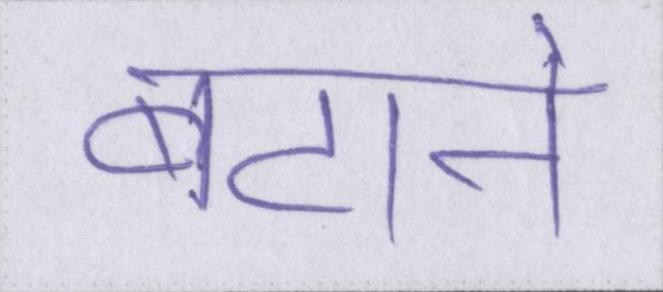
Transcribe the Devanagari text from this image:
बटाने